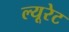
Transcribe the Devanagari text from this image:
ल्यूरेट